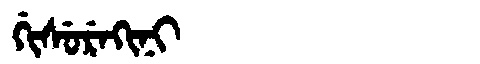
Manchu: ᡤᡳᠰᡠᡵᡝᡴᡳᠨᡳ
Romanization: GISUREKINI